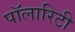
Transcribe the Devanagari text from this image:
पॉलारिटी